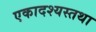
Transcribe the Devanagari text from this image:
एकादश्यस्तथा